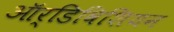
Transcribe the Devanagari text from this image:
ऑर्डिविशियन